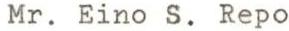
Mr. Eino S. Repo